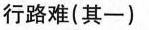
行路难(其一)